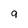
Character: 9